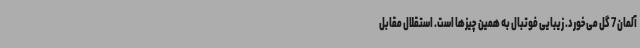
آلمان 7 گل می‌خورد. زیبایی فوتبال به همین چیزها است. استقلال مقابل